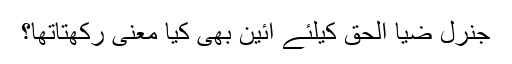
جنرل ضیا الحق کیلئے آئین بھی کیا معنی رکھتاتھا؟